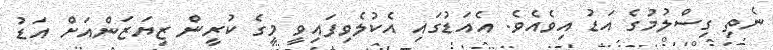
ނެތި ގިސްލުމުގެ އަޑު އިވެއެވެ. އެއަޑުގައި އެކުލެވިފައިވީ މީގެ ކުރީން ޒިޔަޒަންއަށް އަޑު